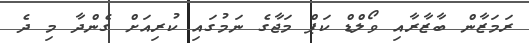
ރަމަޒާން ބާޒާރާއި ވޯލްޑް ކަޕް މަޖާގެ ނަމުގައި ކުރިއަށް ގެންދާ މި ދެ